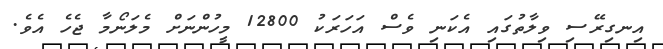
އިނގިރޭސި ވިލާތުގައި އެކަނި ވެސް އަހަރަކު 12800 މީހުންނަށް މެލަނޯމާ ޖެހެ އެވެ.